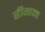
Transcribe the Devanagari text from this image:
रीगम